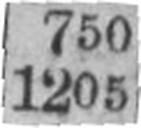
1205